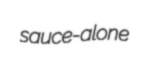
sauce-alone